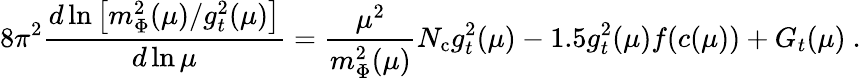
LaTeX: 8\pi^{2}\frac{d\ln\left[m_{\Phi}^{2}(\mu)/g_{t}^{2}(\mu)\right]}{d\ln\mu}=\frac{\mu^{2}}{m_{\Phi}^{2}(\mu)}N_{\mathrm{c}}g_{t}^{2}(\mu)-1.5g_{t}^{2}(\mu)f(c(\mu))+G_{t}(\mu)\ .